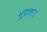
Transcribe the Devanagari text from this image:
भूप्रकार